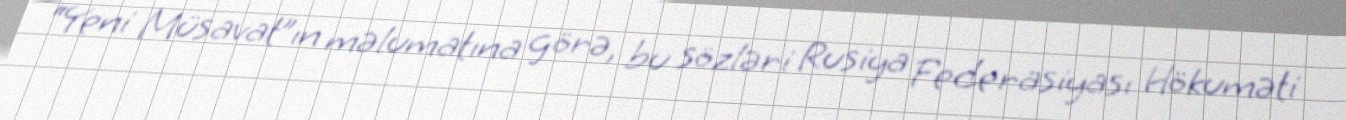
“Yeni Müsavat”ın məlumatına görə, bu sözləri Rusiya Federasiyası Hökuməti